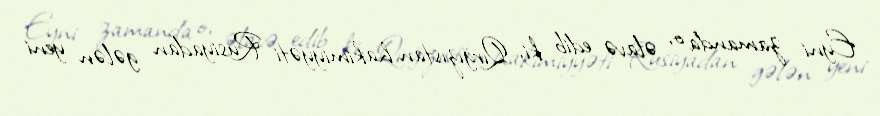
Eyni zamanda o, əlavə edib ki, Qırğızıstan hakimiyyəti Rusiyadan gələn yeni